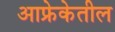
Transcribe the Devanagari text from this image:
आफ्रेकेतील